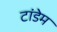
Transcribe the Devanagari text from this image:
टांडेम